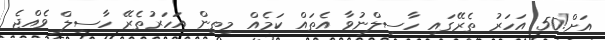
އަށް!50 އަހަރު ތެރޭގައި ހާސިލްނުވާ އެތައް ކަމެއް މިތިން އަހަރުތެރޭ ހާސިލް ވެއްޖެ